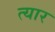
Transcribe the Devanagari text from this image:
त्यार